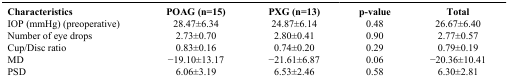
| Characteristics | POAG (n=15) | PXG (n=13) | p-value | Total |
 | --- | --- | --- | --- | --- |
 | IOP (mmHg) (preoperative) | 28.47±6.34 | 24.87±6.14 | 0.48 | 26.67±6.40 |
 | Number of eye drops | 2.73±0.70 | 2.80±0.41 | 0.90 | 2.77±0.57 |
 | Cup/Disc ratio | 0.83±0.16 | 0.74±0.20 | 0.29 | 0.79±0.19 |
 | MD | −19.10±13.17 | −21.61±6.87 | 0.06 | −20.36±10.41 |
 | PSD | 6.06±3.19 | 6.53±2.46 | 0.58 | 6.30±2.81 |